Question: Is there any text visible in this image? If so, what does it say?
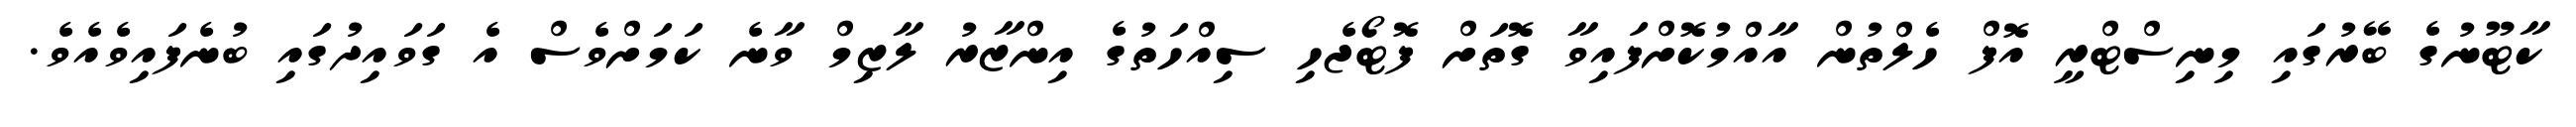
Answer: ކާޓޫނުގެ ބޭރުގައި މިނިސްޓްރީ އޮފް ހެލްތުން އާއްމުކޮށްފައިވާ ގޮތަށް ފޮޓޯޖެހި ސިއްހަތުގެ އިންޒާރު ލާޒިމް ވާނެ ކަމަށްވެސް އެ ގަވައިދުގައި ބުނެފައިވެއެވެ.